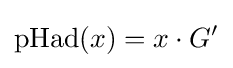
{\text{pHad}}(x)=x\cdot G'